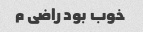
خوب بود راضی م